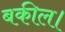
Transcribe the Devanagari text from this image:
बकील।